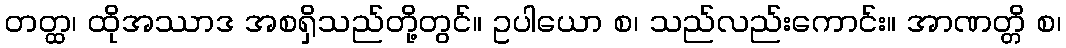
တတ္ထ၊ ထိုအဿာဒ အစရှိသည်တို့တွင်။ ဥပါယော စ၊ သည်လည်းကောင်း။ အာဏတ္တိ စ၊